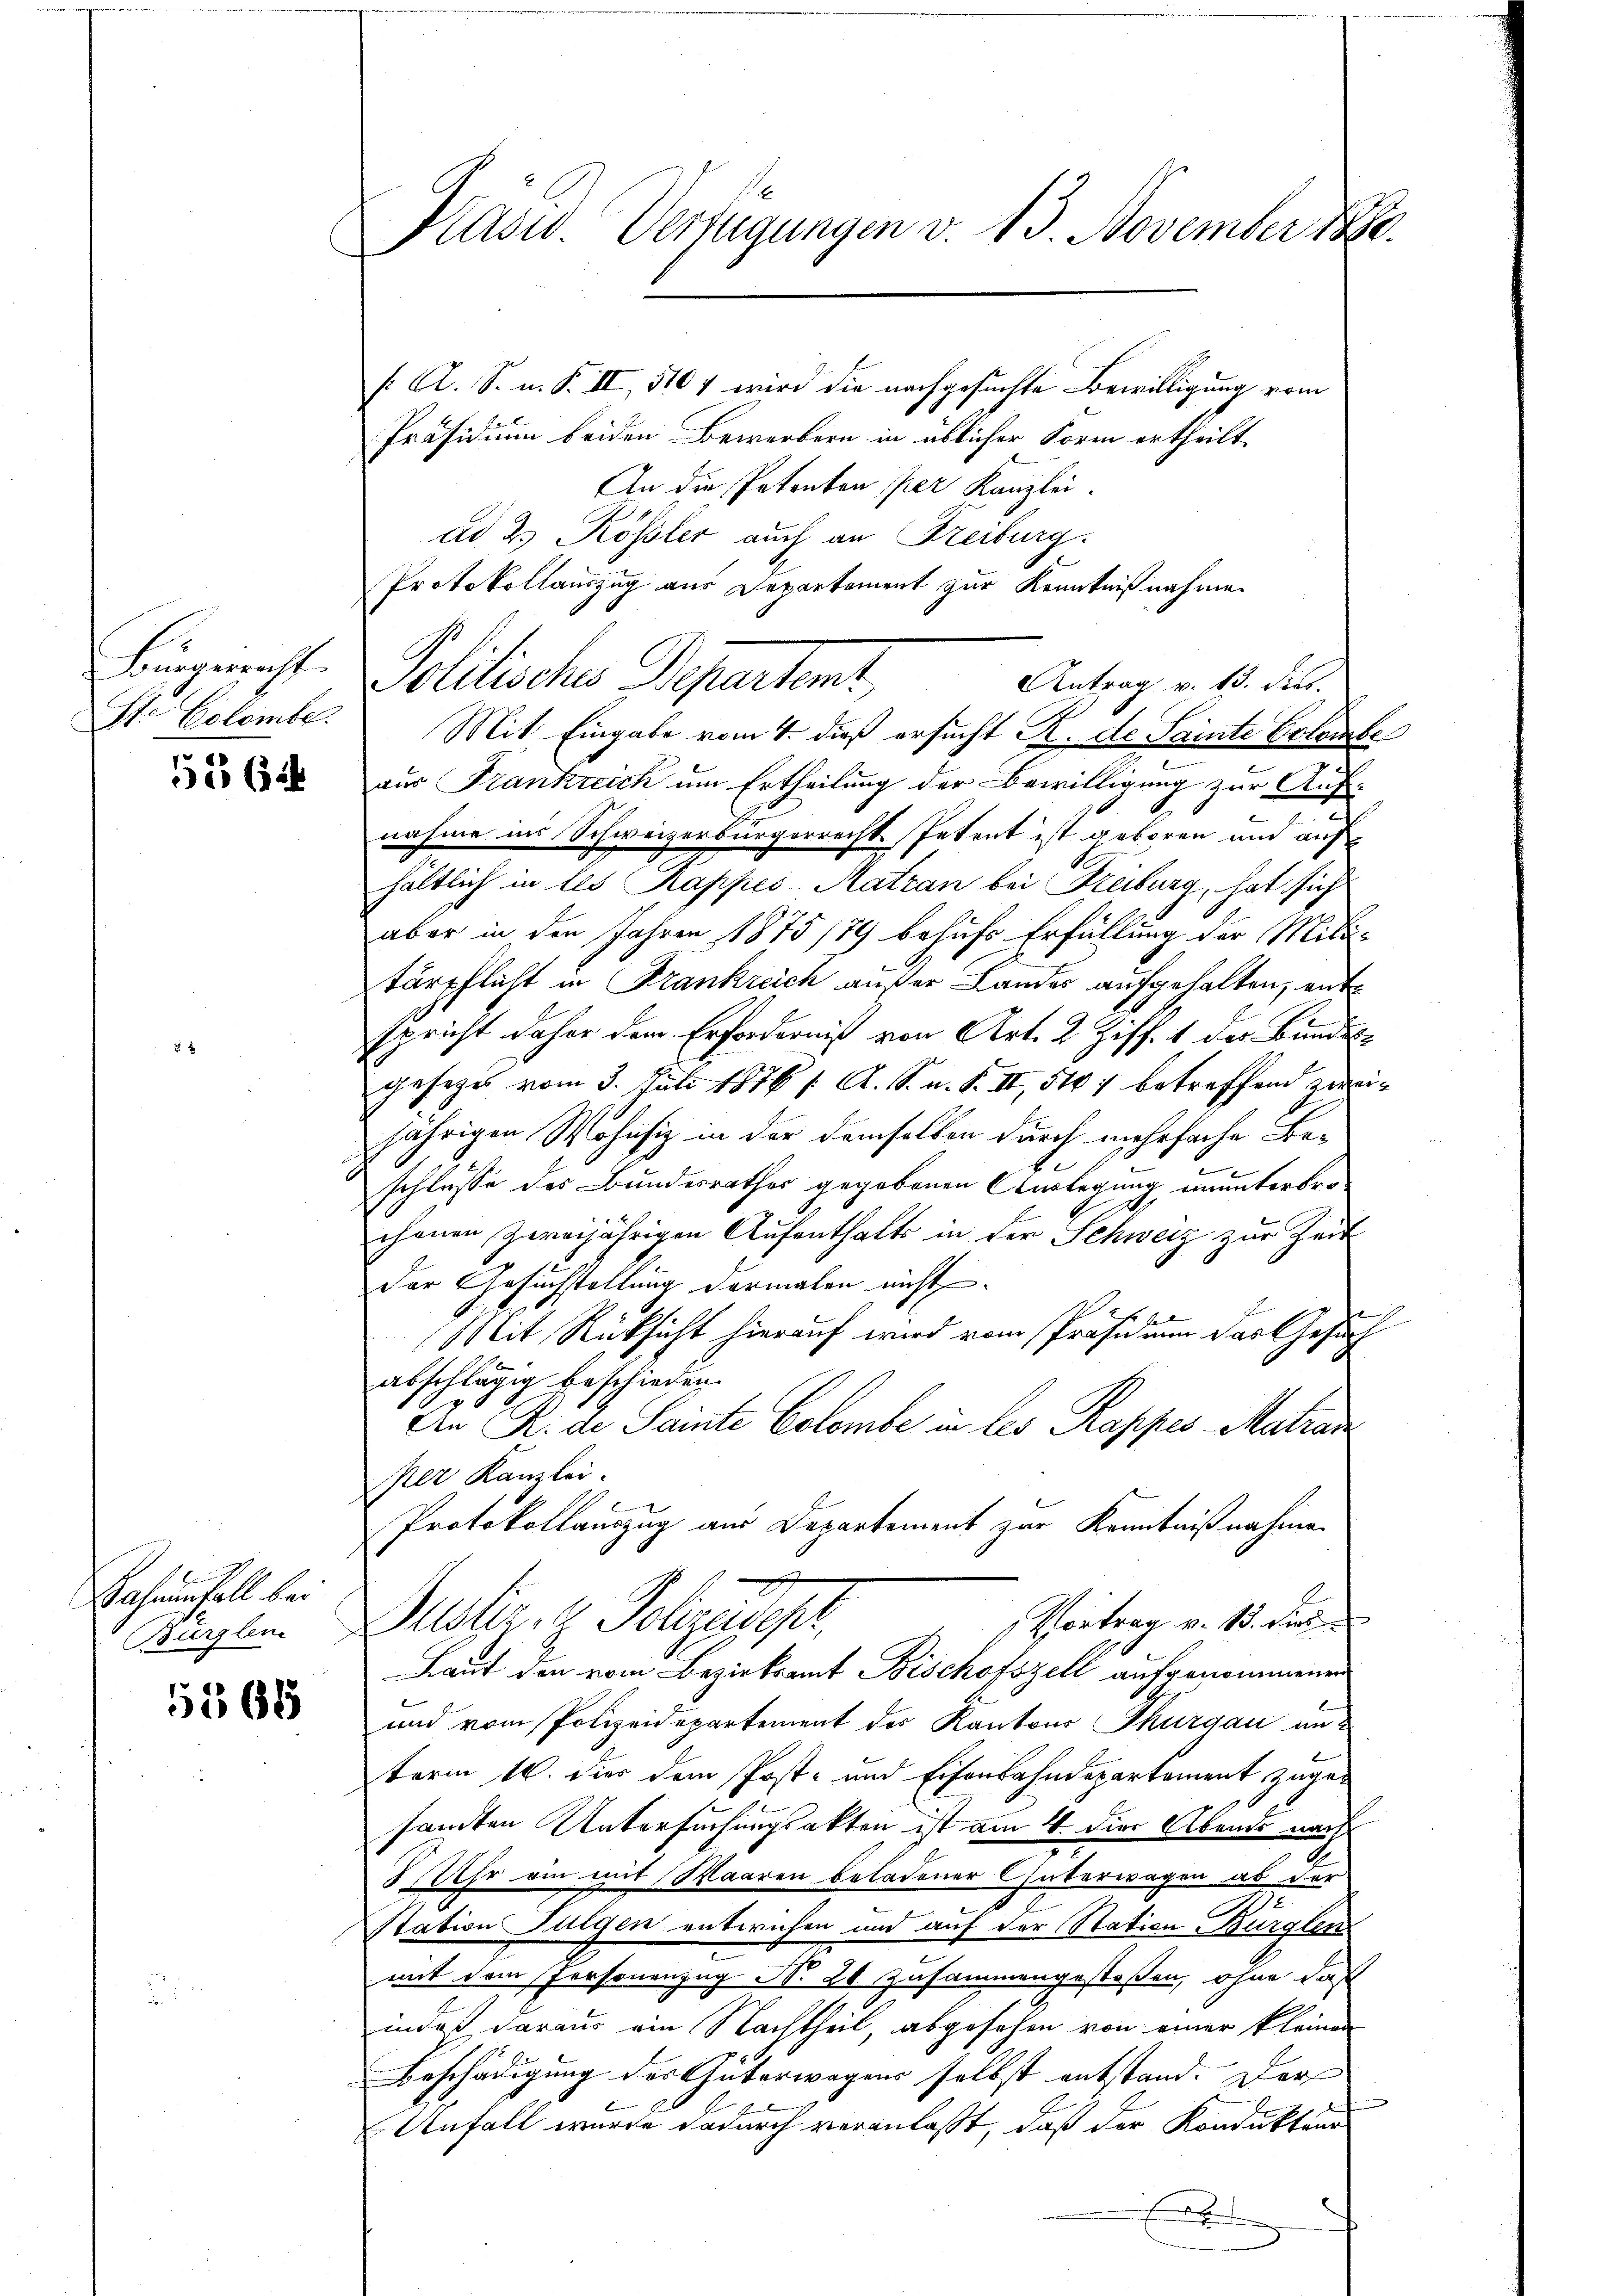
Bürgericht
St. Colomber.

5562

Bahrenfall bei
Burglen

5568

Krasw. Verfügungen v. 13. November 1880.
 A. S. n. F. II, 5107 wird die nachgesuchte Bewilligung vom
Präsidium beiden Bewerbern in üblicher Form ertheilt.

An die Petenten per Kanzlei.
ad 2. Kössler auch an Freiburg.
Politische Departent,
Mit Eingabe vom 4. dieß ersucht K. de Sainte Colombe
aus Frankreich um Ertheilung der Bewilligung zur Aufnahme in Schweizerbürgerrecht. Petent ist geboren und auf
hältlich in les Kappes-Matzan bei Freiburg, hat sich
aber in den Jahren 1875 /79 behufs Erfüllung der Militärpflicht in Frankreich außer Landes aufgehalten, entspricht daher dem Erforderniß von Art. 2 Ziff. 1 der Bundesgesezes vom 3. Juli 1876 f. A. S. n. F. II, 517 betreffend zweijährigen Wohnsiz in der demselben durch mehrfache Be¬
.
schlusse des Bundesrathes gegebenen Verlegung ununterbrochenen zweijährigen Aufenthalts in der Schweiz zur Zeit
Der Gesuchstellung dermalen nicht
f
Mit Rücksicht hierauf wird vom Präsidium das Gesuch
abschlägig beschieden.
An R. de Seinte Colombe in les Rappes Matran
per Kanzlei.
x
Protokollauszug aus Departement zur Kenntnißnahmen
Justier. H. Polzesger
Vortrag v. 13. dies
Laut den vom Bezirksamt Bischofszell aufgenommenen
und vom Polizeidepartement der Kantons Thurgau anterm 16. dies dem Post- und Eisenbahndepartement zugesandten Untersuchungsakten ist am 4. die Abends nach
8 Uhr ein mit Waaren beladener Chäterwagen ab der
station Fulgen entwichen und auf der Station Bürglen
mit dem Personenzug No 20 zusammengestoßen, ohne daß
indes daraus ein Nachtheil, abgesehen von einer kleinen
Beschädigung des Güterwegens selbst entstand. Der
Anfall wurde dadurch veranlaßt, daß der Kondukten
E

Protokollauszug aus Departement zur Kenntnißnahme
Antrag v. 13. dies